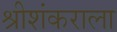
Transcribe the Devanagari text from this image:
श्रीशंकराला